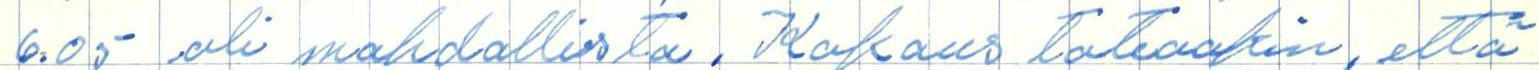
6.05 oli mahdollista. Kokous toteaakin, että